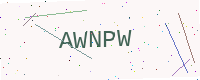
Text: AWNPW